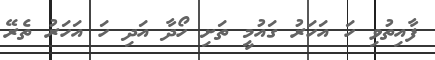
ފާއިތުވި ހަ އަހަރު ގައުމީ ތަށި ހޯދާ އަދި ހަ އަހަރު ތެރޭ